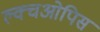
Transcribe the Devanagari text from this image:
ल्क्चओपिस